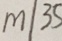
m / 3 5